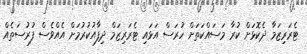
ޓެރަރިޒަމާ ދެކޮޅަށް ކުރާ މަސައްކަތަށް ހުރަސް އަޅައި ޓެރަރިޒަމް ދިފާއުކުރުމަށް އެއްވެސް ފުރުސަތެއް